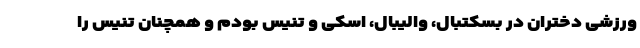
ورزشی دختران در بسکتبال، والیبال، اسکی و تنیس بودم و همچنان تنیس را